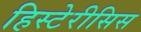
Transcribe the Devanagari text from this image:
हिस्टेरीसिस